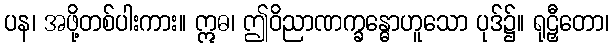
ပန၊ အဖို့တစ်ပါးကား။ ဣဓ၊ ဤဝိညာဏက္ခန္ဓောဟူသော ပုဒ်၌။ ရုဠှီတော၊